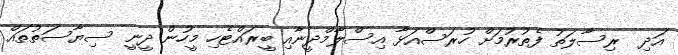
އަދި  ރިސާލަތު ފެތުރުމަށް ހުރަސްއަޅާ އިސްލާމްދީނާއި ބީރައްޓެހި މީހުން ދީނީ ސިޔާސަތުތައް